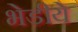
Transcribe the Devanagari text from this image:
भेडीये